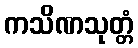
ကသိဏသုတ္တံ